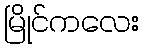
မြိုင်ကလေး